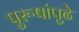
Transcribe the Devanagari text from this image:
पुरूषांपुढे